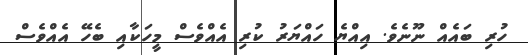
ހުރި ބައެއް ނޫނެވެ. އިއްޔެ ހައްޔަރު ކުރި އެއްވެސް މީހަކާއި ބެހޭ އެއްވެސް